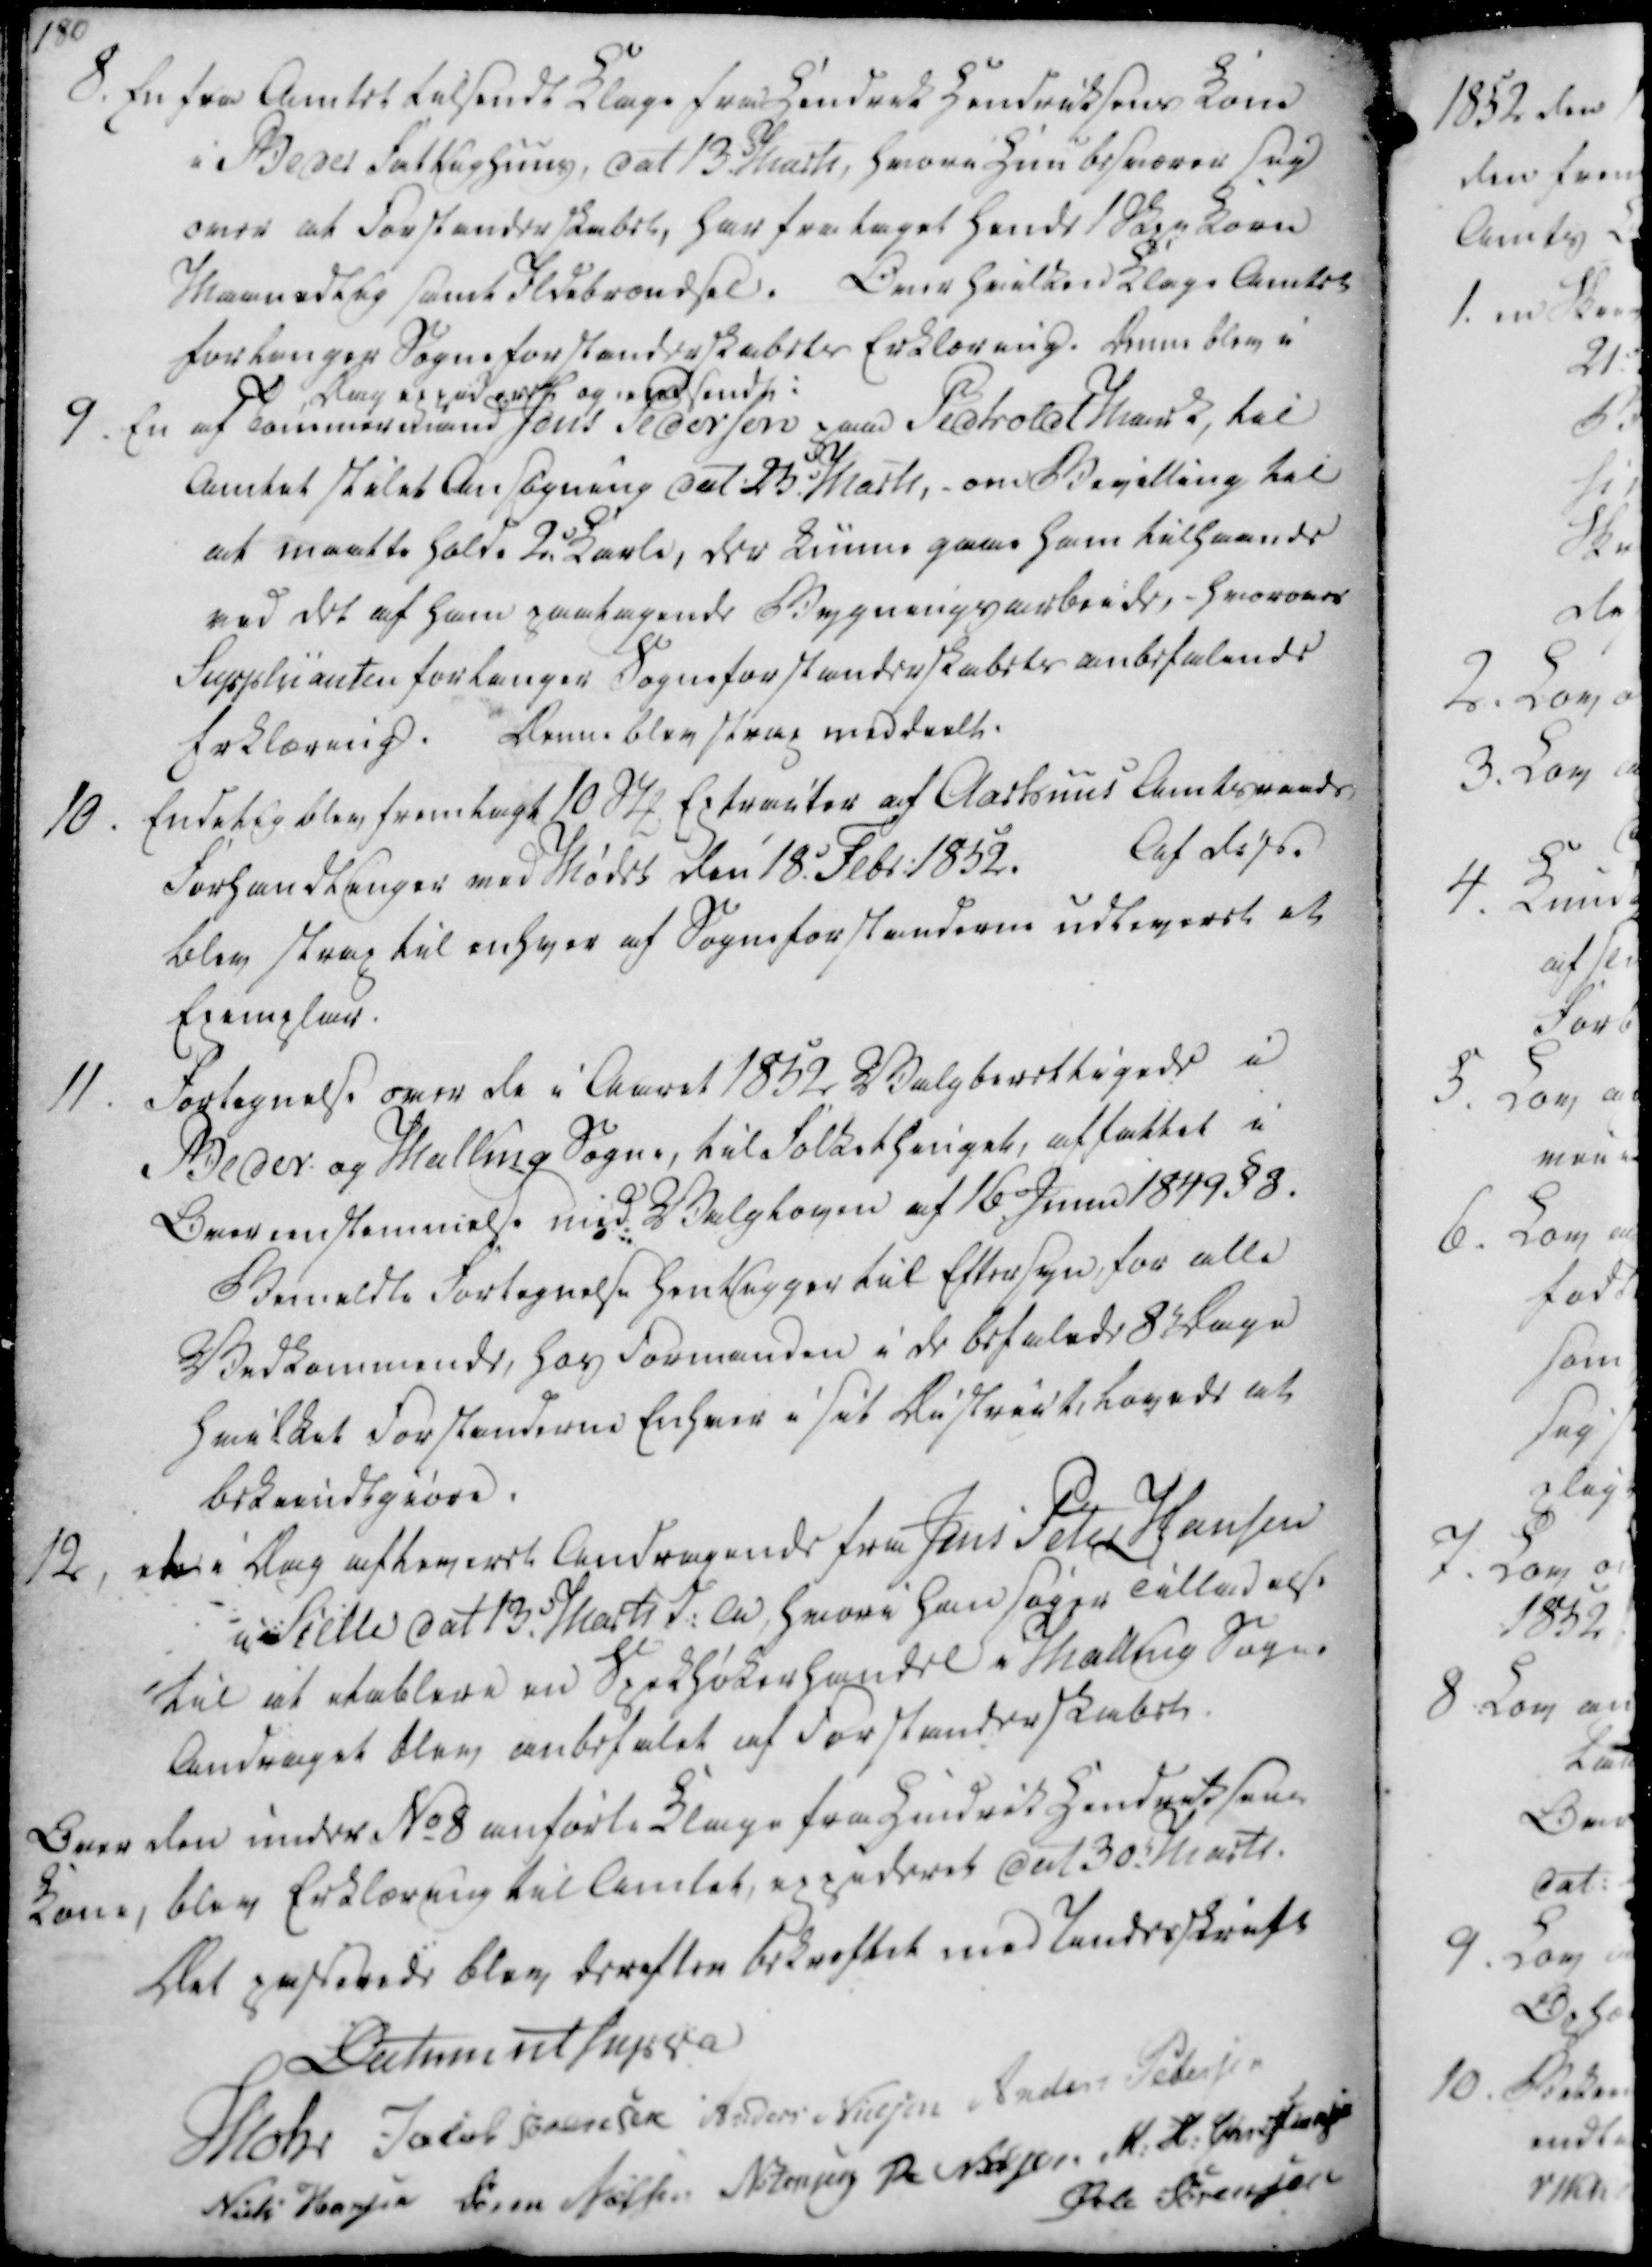
Transskription:
8. En fra Amtet tilsendt Klage fra Hendrik Hendriksens Kone
i Beder Fattighuus, dat 13. Marts, hvori Hun besværer sig
over at Forstanderskabet, har frataget Hende Syge Korn
Maanedlig samt Ildebrændsel. Over hvilken Klage Amtet
forlanger Sogneforstanderskabets Erklæring. Denne blev i
Dag expideret og indsendt. 
9. En af Tømmermand Jens Pedersen paa Pedholdt Mark, til
Amtet stilet Ansøgning dat. 23. Marts, om Bevilling til
at maatte holde 2 Karle, der kunne gaae ham tilhaande
ved det af ham paatagende Bygningsarbeide, - hvorover
Suppliianten forlanger Sogneforstanderskabets anbefalende
Erklæring. Denne blev strax meddeelt.
10. Endelig blev fremlagt 10 Stk Extracter af Aarhuus Amtsraads
Forhandlinger ved Mødet den 18. Febr. 1852.
Af disse
blev strax til enhver af Sogneforstanderne udleveret et
Exemplar.

11. Fortegnelse over de i Aaret 1852 Valgberettigede i
Beder og Malling Sogne, til Folkethinget, affattet i
Overenstemmelse med Valgloven af 16. Juni 1849 §8.
Bemeldte fortegnelse henligger til Eftersyn, for alle 
Vedkommende, hos Formanden i de befalede 8. Dage
hvilket Forstanderne Enhver i sit District, lovede at
bekiendtgiøre.
12, det i Dag afleveret Andragende fra Jens Peter Hansen
i Sielle dat 13. Marts d.A, hvori han søger Tilladelse
til at etablere en Spekhøkerhandel i Malling Sogn.
Andraget blev anbefalet af Forstanderskabet.

Over den under No 8 anførte Klage fra Hendrik Hendriksens
Kone, blev Erklæring til Amtet, expederet dat 30. Marts.
Det passerede blev derefter bekræftet med Underskrift
Datum ut supra
Mohr
Jacob Sørensen
Anders Nielsen
Anders Pedersen
Niels Hansen
Søren Nielsen
N. Jensen
R. Nielsen
M. H. Christiansen
Øvle Sørensen